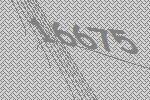
16675